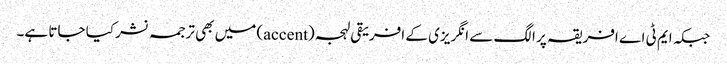
جبکہ ایم ٹی اے افریقہ پر الگ سے انگریزی کے افریقی لہجہ (accent) میں بھی ترجمہ نشر کیا جاتا ہے۔